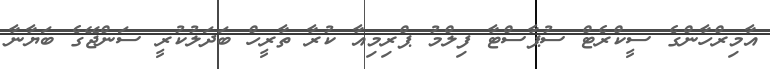
އާމިރްހާންގެ ސީކްރެޓް ސުޕާސްޓާ ފިލްމު ޕްރިމިއާ ކުރާ ތާރީހް ބަދަލުކުރީ ސަންޖޭގެ ބަޔާނާ